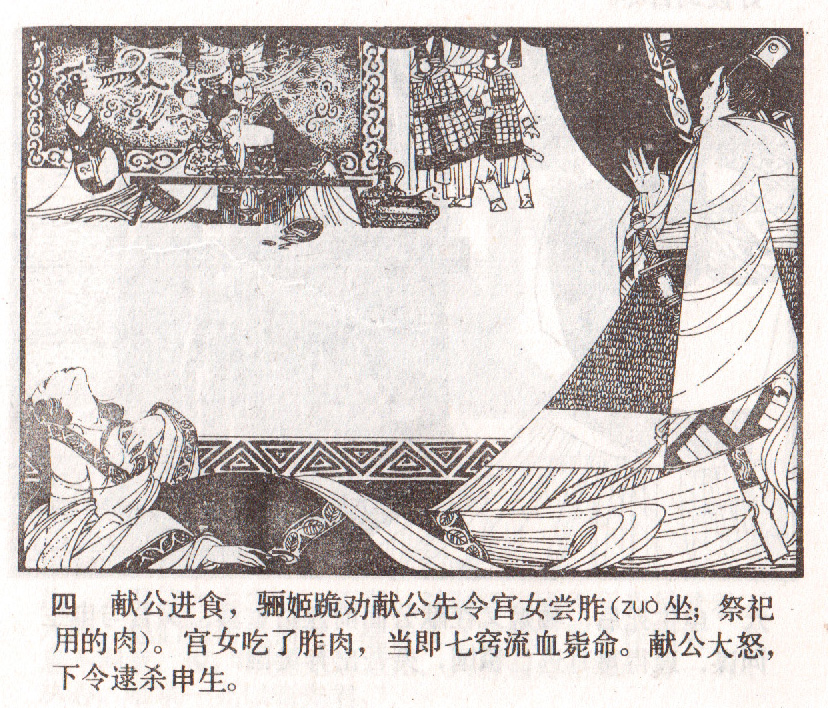
欲加之罪，其无辞乎？